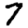
Digit: 7